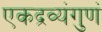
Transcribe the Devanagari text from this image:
एकद्रव्यंगुणं